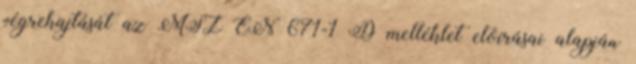
végrehajtását az MSZ EN 671-1 D melléklet elõírásai alapján